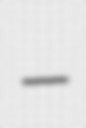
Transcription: –